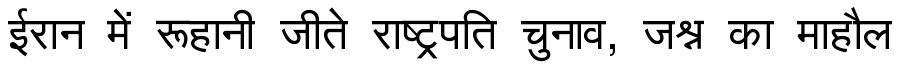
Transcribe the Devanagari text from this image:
ईरान में रूहानी जीते राष्ट्रपति चुनाव, जश्न का माहौल